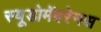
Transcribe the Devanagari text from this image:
स्यूडोमेंबरेनस